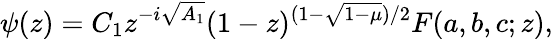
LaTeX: \psi(z)=C_{1}z^{-i\sqrt{A_{1}}}(1-z)^{(1-\sqrt{1-\mu})/2}F(a,b,c;z),